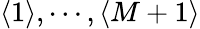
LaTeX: \langle 1\rangle,\cdots,\langle M+1\rangle